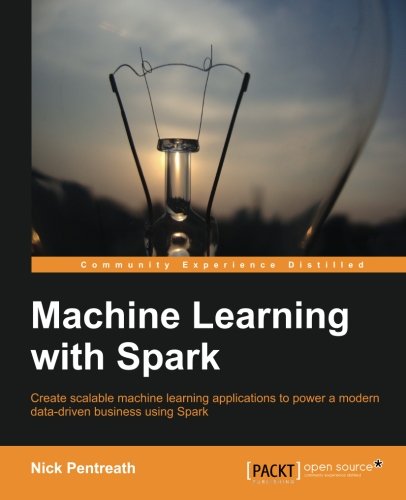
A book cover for Machine Learning with Spark - Tackle Big Data with Powerful Spark Machine Learning Algorithms; Nick Pentreath; Computers & Technology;